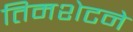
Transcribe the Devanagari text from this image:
तिमशेटने